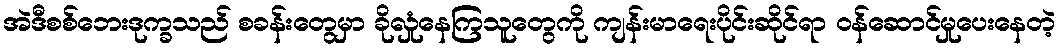
အဲဒီစစ်ဘေးဒုက္ခသည် စခန်းတွေမှာ ခိုလှုံနေကြသူတွေကို ကျန်းမာရေးပိုင်းဆိုင်ရာ ဝန်ဆောင်မှုပေးနေတဲ့